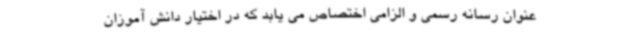
عنوان رسانه رسمی و الزامی اختصاص می یابد که در اختیار دانش آموزان